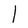
Character: l